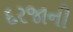
દરજાની